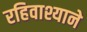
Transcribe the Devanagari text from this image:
रहिवाश्याने